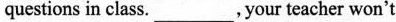
questions in class.___,your teacher won't